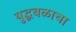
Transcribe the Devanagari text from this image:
युद्धबळाचा